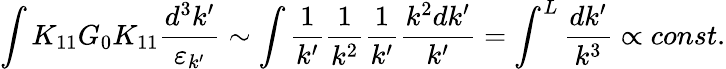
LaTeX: \int K_{11}G_{0}K_{11}\frac{d^{3}k^{\prime}}{\varepsilon_{k^{\prime}}}\sim\int\frac{1}{k^{\prime}}\frac{1}{k^{2}}\frac{1}{k^{\prime}}\frac{k^{2}dk^{\prime}}{k^{\prime}}=\int^{L}\frac{dk^{\prime}}{k^{3}}\propto const.